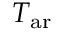
T _ { \mathrm { a r } }